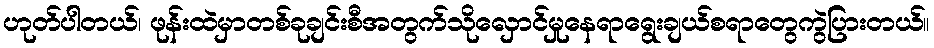
ဟုတ်ပါတယ်၊ ဖုန်းထဲမှာတစ်ခုချင်းစီအတွက်သိုလှောင်မှုနေရာရွေးချယ်စရာတွေကွဲပြားတယ်။